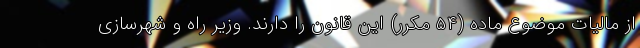
از مالیات موضوع ماده (۵۴ مکرر) این قانون را دارند. وزیر راه و شهرسازی